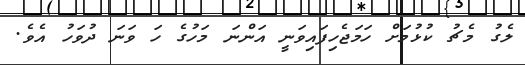
ލެގު މެޗު ކުޅުމަށް ހަމަޖެހިފައިވަނީ އަންނަ މަހުގެ ހަ ވަނަ ދުވަހު އެވެ.